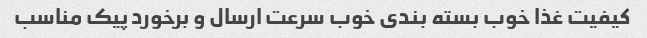
کیفیت غذا خوب بسته بندی خوب سرعت ارسال و برخورد پیک مناسب